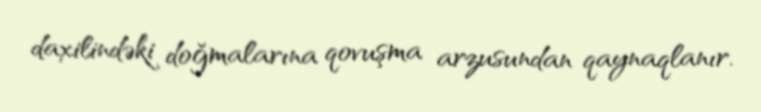
daxilindəki doğmalarına qovuşma arzusundan qaynaqlanır.